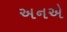
અનએ